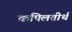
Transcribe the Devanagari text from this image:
कपिलतीर्थ